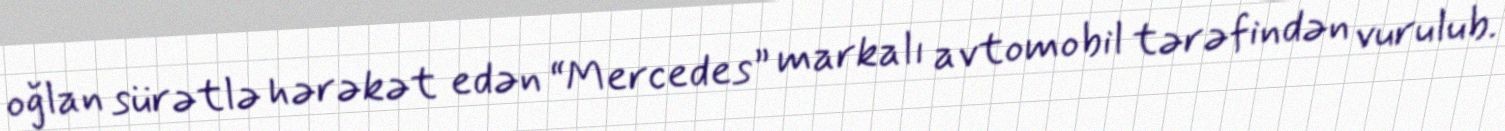
oğlan sürətlə hərəkət edən “Mercedes” markalı avtomobil tərəfindən vurulub.